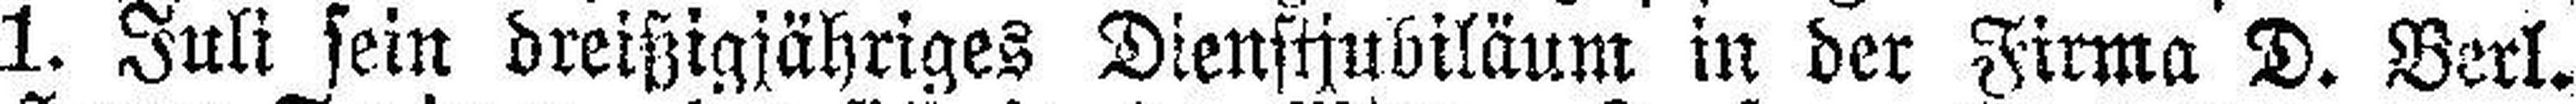
1. Juli sein dreißigjähriges Dienstjubiläum in der Firma D. Berl.